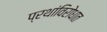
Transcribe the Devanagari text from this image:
प्रथांविरोधात